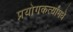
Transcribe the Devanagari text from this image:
प्रयोगकर्त्यांमधे